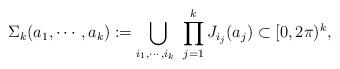
LaTeX: \begin{align*}&\Sigma_k(a_1,\cdots,a_k):=\bigcup_{i_1,\cdots,i_{k}\ }\prod_{j=1}^kJ_{i_j}(a_j)\subset[0,2\pi)^k,\end{align*}